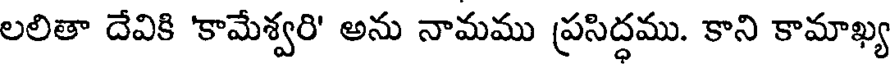
లలితా దేవికి 'కామేశ్వరి' అను నామము ప్రసిద్దము. కాని కామాఖ్య